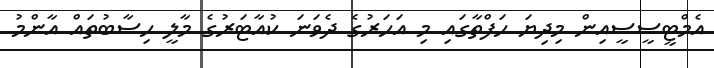
އެމްޓީސީސީއިން މިދިޔަ ހަފްތާގައި މި އަހަރުގެ ދެވަނަ ކުއާޓަރުގެ މާލީ ހިސާބުތައް އާންމު